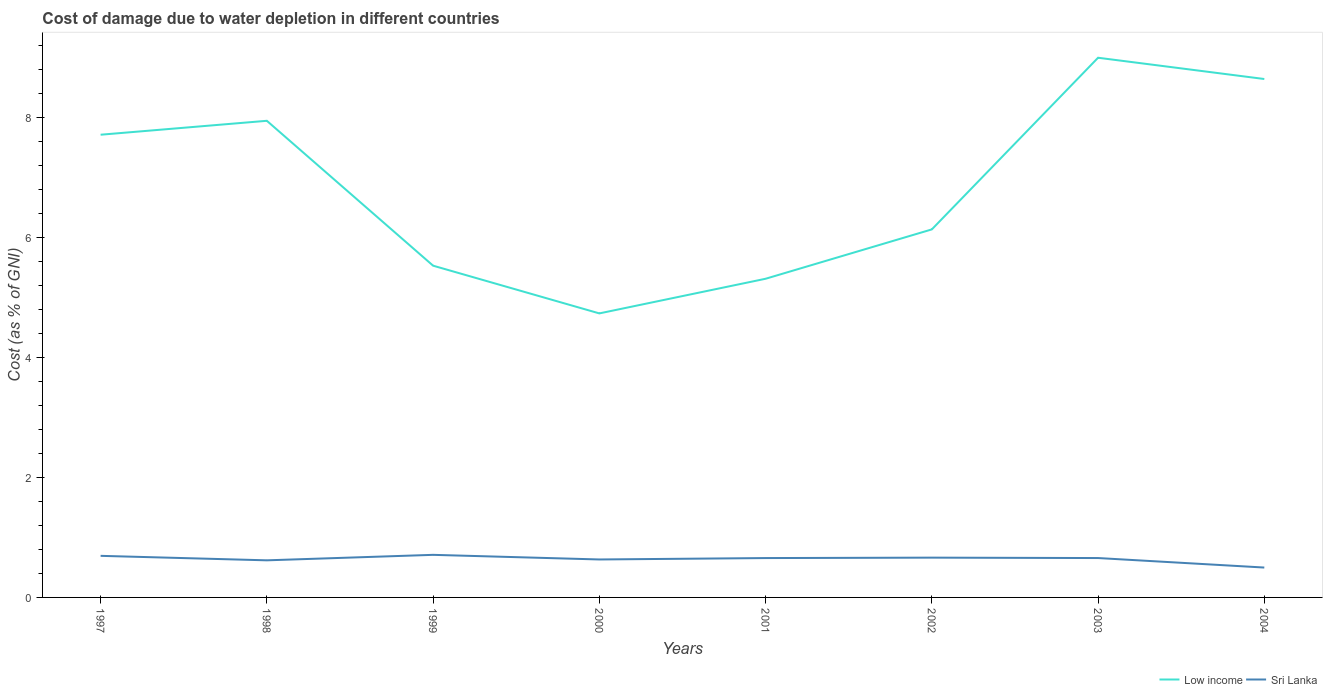
| Years | Low income | Sri Lanka |
 | --- | --- | --- |
 | 1997 | 7.71 | 0.693 |
 | 1998 | 7.94 | 0.618 |
 | 1999 | 5.53 | 0.71 |
 | 2000 | 4.73 | 0.633 |
 | 2001 | 5.31 | 0.656 |
 | 2002 | 6.13 | 0.663 |
 | 2003 | 8.99 | 0.656 |
 | 2004 | 8.64 | 0.498 |